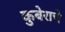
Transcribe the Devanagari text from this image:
कुबेराचे